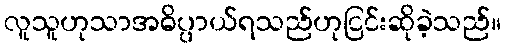
လူသူဟုသာအဓိပ္ပာယ်ရသည်ဟုငြင်းဆိုခဲ့သည်။